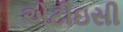
એટીઇસી